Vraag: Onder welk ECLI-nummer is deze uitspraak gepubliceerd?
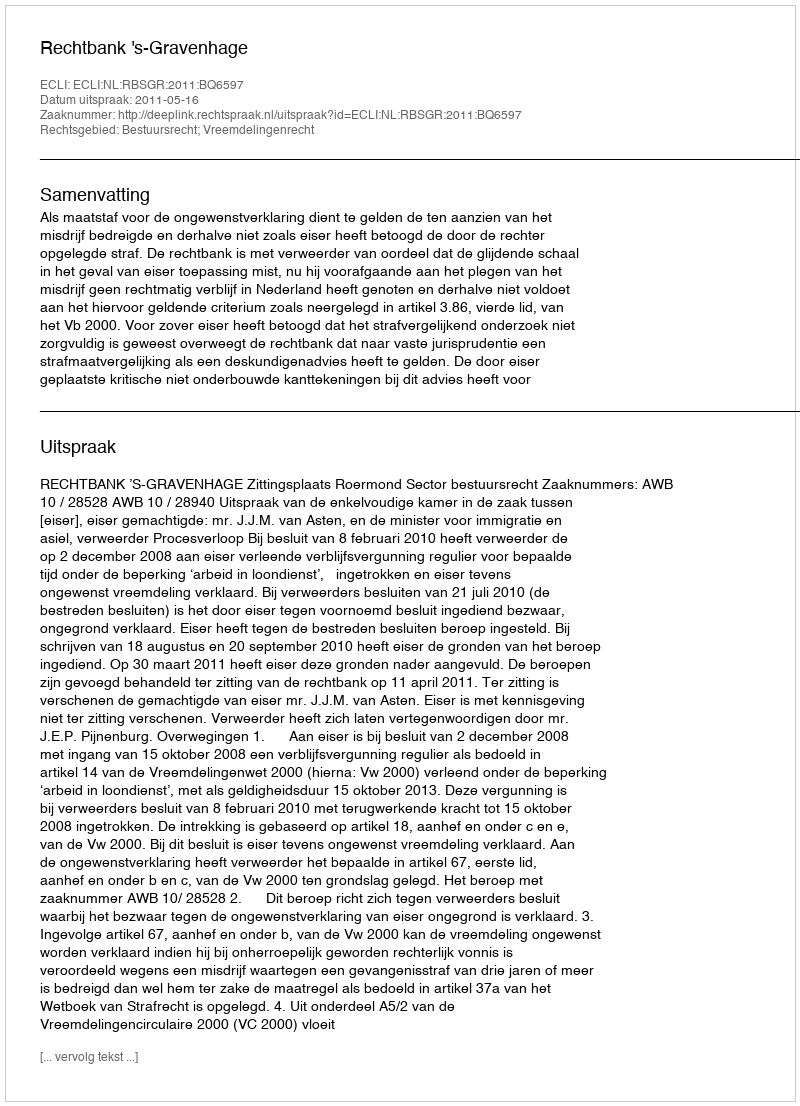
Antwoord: ECLI:NL:RBSGR:2011:BQ6597